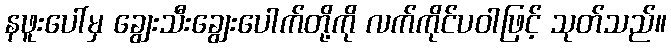
နဖူးပေါ်မှ ချွေးသီးချွေးပေါက်တို့ကို လက်ကိုင်ပဝါဖြင့် သုတ်သည်။